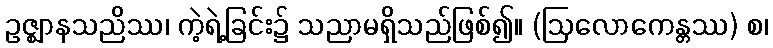
ဥဇ္ဈာနသညိဿ၊ ကဲ့ရဲ့ခြင်း၌ သညာမရှိသည်ဖြစ်၍။ (ဩလောကေန္တဿ) စ၊